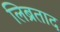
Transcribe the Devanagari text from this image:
लिब्रताद